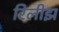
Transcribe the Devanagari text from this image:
रिलीझ